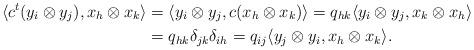
LaTeX: \begin{align*} \langle c^t(y_i\otimes y_j), x_h\otimes x_k\rangle &= \langle y_i\otimes y_j, c(x_h\otimes x_k)\rangle = q_{hk} \langle y_i\otimes y_j, x_k\otimes x_h\rangle \\ &= q_{hk} \delta_{jk}\delta_{ih} = q_{ij} \langle y_j\otimes y_i, x_h\otimes x_k\rangle.\end{align*}